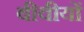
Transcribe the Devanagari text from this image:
बीवीयों